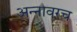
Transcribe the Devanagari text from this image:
अन्नावरच